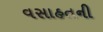
વસાહતની